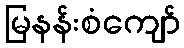
မြနန်းစံကျော်